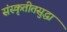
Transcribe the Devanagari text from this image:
संस्कृतीतसुद्धा